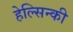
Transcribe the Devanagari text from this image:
हेल्सिन्की